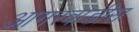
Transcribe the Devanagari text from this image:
आगरवाडीस